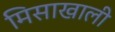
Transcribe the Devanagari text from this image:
मिसाखाली